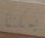
يمكننا